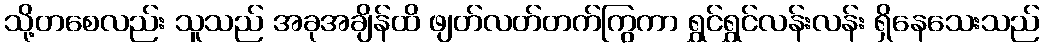
သို့တစေလည်း သူသည် အခုအချိန်ထိ ဖျတ်လတ်တက်ကြွကာ ရွှင်ရွှင်လန်းလန်း ရှိနေသေးသည်